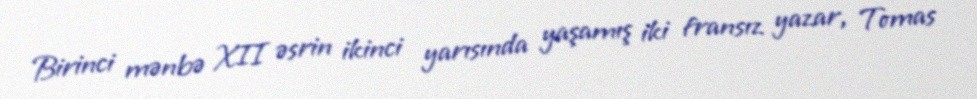
Birinci mənbə XII əsrin ikinci yarısında yaşamış iki fransız yazar, Tomas